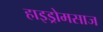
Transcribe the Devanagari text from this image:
हाइड्रोमसाज